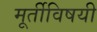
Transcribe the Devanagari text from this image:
मूर्तीविषयी